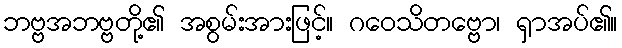
ဘဗ္ဗအဘဗ္ဗတို့၏ အစွမ်းအားဖြင့်။ ဂဝေသိတဗ္ဗော၊ ရှာအပ်၏။